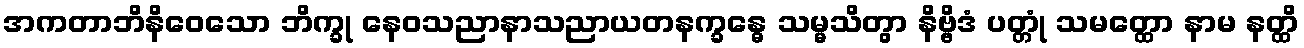
အကတာဘိနိဝေသော ဘိက္ခု နေဝသညာနာသညာယတနက္ခန္ဓေ သမ္မသိတွာ နိဗ္ဗိဒံ ပတ္တုံ သမတ္ထော နာမ နတ္ထိ